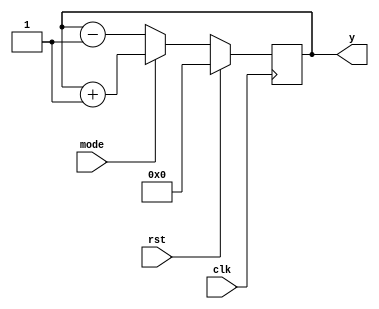
`timescale 1ns / 1ps
//////////////////////////////////////////////////////////////////////////////////
// Company: 
// Engineer: 
// 
// Design Name: 
// Module Name: up_down_counter
// Project Name: 
// Target Devices: 
// Tool Versions: 
// Description: 
// 
// Dependencies: 
// 
// Revision:
// Revision 0.01 - File Created
// Additional Comments:
// 
//////////////////////////////////////////////////////////////////////////////////


module up_down_counter(
    input clk,
    input rst,
    input mode,
    output reg [3:0] y
    );
    
    always@(posedge clk)
    begin
    if(rst==1'b1)
    begin
    y<=4'b0000;
    end
    else
    begin
    if(mode==1'b1) y<=y+1;
    else y<=y-1;
    end
    end
endmodule